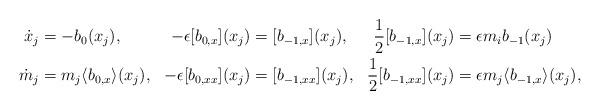
LaTeX: \begin{align*} \dot x_j&=-b_0(x_j), &-\epsilon [b_{0,x}](x_j)&=[b_{-1,x}](x_j), &\frac12 [b_{-1,x}](x_j)&=\epsilon m_ib_{-1}(x_j)\\ \dot m_j&=m_j \langle b_{0,x} \rangle (x_j), &-\epsilon [b_{0,xx}](x_j)&=[b_{-1,xx}](x_j), &\frac12 [b_{-1,xx}](x_j)&=\epsilon m_j\langle b_{-1,x}\rangle (x_j), \end{align*}